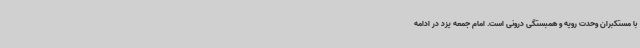
با مستکبران وحدت رویه و همبستگی درونی است. امام جمعه یزد در ادامه